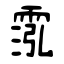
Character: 霐